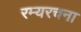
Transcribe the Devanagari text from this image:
रम्यरचना